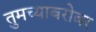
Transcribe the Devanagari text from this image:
तुमच्याबरोबर